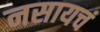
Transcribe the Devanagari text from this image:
नसायचं